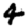
Digit: 4